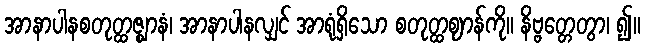
အာနာပါနစတုတ္ထဇ္ဈာနံ၊ အာနာပါနလျှင် အာရုံရှိသော စတုတ္ထဈာန်ကို။ နိဗ္ဗတ္တေတွာ၊ ၍။